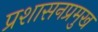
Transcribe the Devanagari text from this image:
प्रशासनप्रमुख